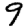
Digit: 9